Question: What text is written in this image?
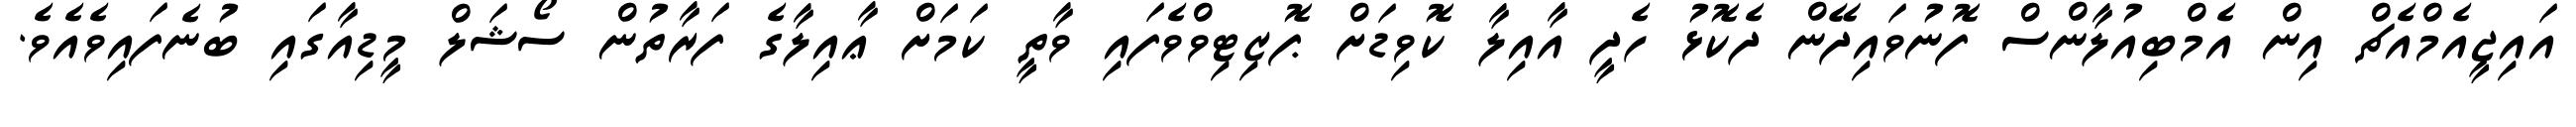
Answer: އައިޖީއެމްއެޗް އިން އެމްބިއުލާންސް ފޮނުވައިދޭން ދެކޮޅު ހެދީ އާއިލާ ކޮވިޑަށް ޕޮޒިޓިވްވެފައި ވާތީ ކަމަށް ޢާއިލާގެ ފަރާތުން ސޯޝަލް މީޑިއާގައި ބުނެފައިވެއެވެ.